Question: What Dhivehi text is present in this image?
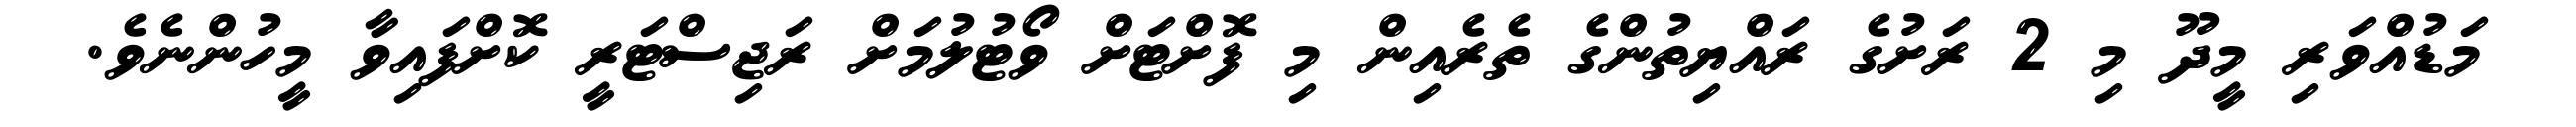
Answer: މަޑުއްވަރި މީދޫ މި 2 ރަށުގެ ރައްޔިތުންގެ ތެރެއިން މި ފޮށްޓަށް ވޯޓުލުމަށް ރަޖިސްޓަރީ ކޮށްފައިވާ މީހުންނެވެ.